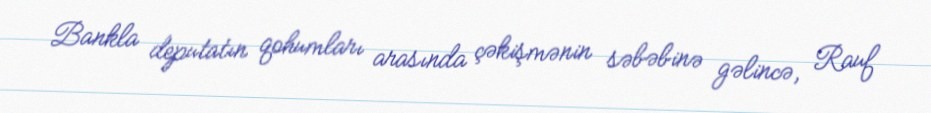
Bankla deputatın qohumları arasında çəkişmənin səbəbinə gəlincə, Rauf